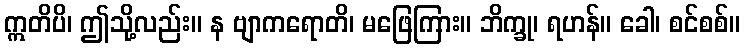
ဣတိပိ၊ ဤသို့လည်း။ န ဗျာကရောတိ၊ မဖြေကြား။ ဘိက္ခု၊ ရဟန်။ ခေါ၊ စင်စစ်။